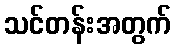
သင်တန်းအတွက်